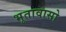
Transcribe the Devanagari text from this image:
भूतावासो